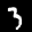
Label: 3